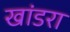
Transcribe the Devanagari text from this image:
खांडरा